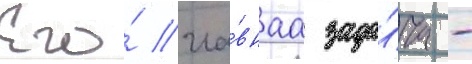
Его́ гла́внаа зада́ча -